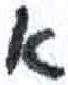
אות: א